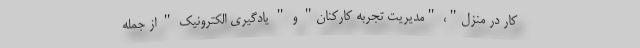
کار در منزل"، "مدیریت تجربه کارکنان" و " یادگیری الکترونیک " از جمله